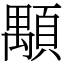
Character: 顒